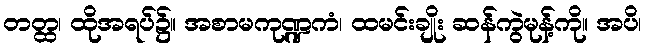
တတ္ထ၊ ထိုအရပ်၌။ အစာမကုဏ္ဍကံ၊ ထမင်းချိုး ဆန်ကွဲမုန့်ကို။ အပိ၊